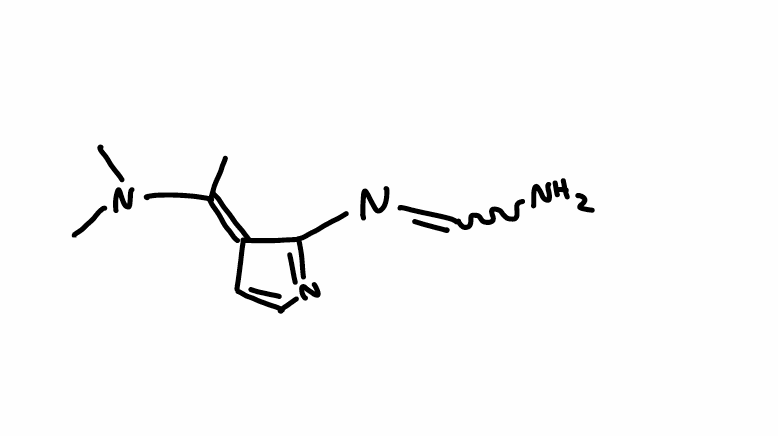
Simplified molecular-input line-entry system (SMILES) notation of the given molecule:
C/C(=C\1/C=CN=C1N=CN)/N(C)C